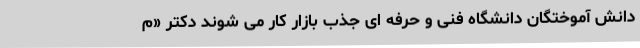
دانش آموختگان دانشگاه فنی و حرفه ای جذب بازار کار می شوند دکتر «م